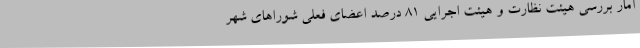
آمار بررسی هیئت نظارت و هیئت اجرایی ۸۱ درصد اعضای فعلی شوراهای شهر